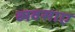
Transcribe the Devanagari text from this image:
व्यवसाए